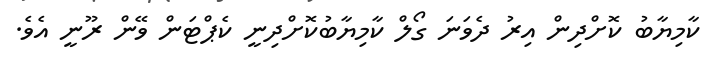
ކާމިޔާބު ކޮށްދިން އިރު ދެވަނަ ގޯލް ކާމިޔާބުކޮށްދިނީ ކެޕްޓަން ވޭން ރޫނީ އެވެ.